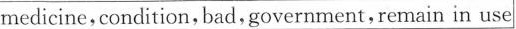
medicine,condition,bad,government,remain in use